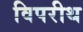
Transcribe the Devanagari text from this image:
विपरीथ